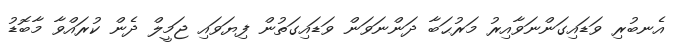
އެނބުރި ވަޑައިގަންނަވާއިރު މަރުޙަބާ ދަންނަވަން ވަޑައިގަތުން ފިޔަވައި ޖަމީލް ދެން ކުރައްވާ މާބޮޑު